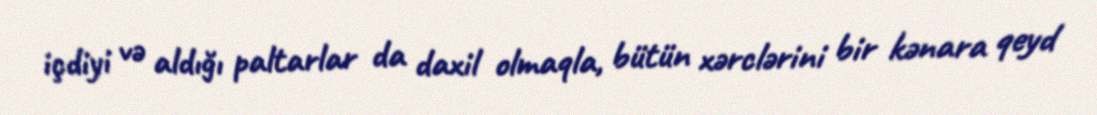
içdiyi və aldığı paltarlar da daxil olmaqla, bütün xərclərini bir kənara qeyd